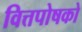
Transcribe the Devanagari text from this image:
वित्तपोषको